Annual report of the Punjab Veterinary College and of the Civil Veterinary Department, Punjab - 1926-1932
Year: 1926
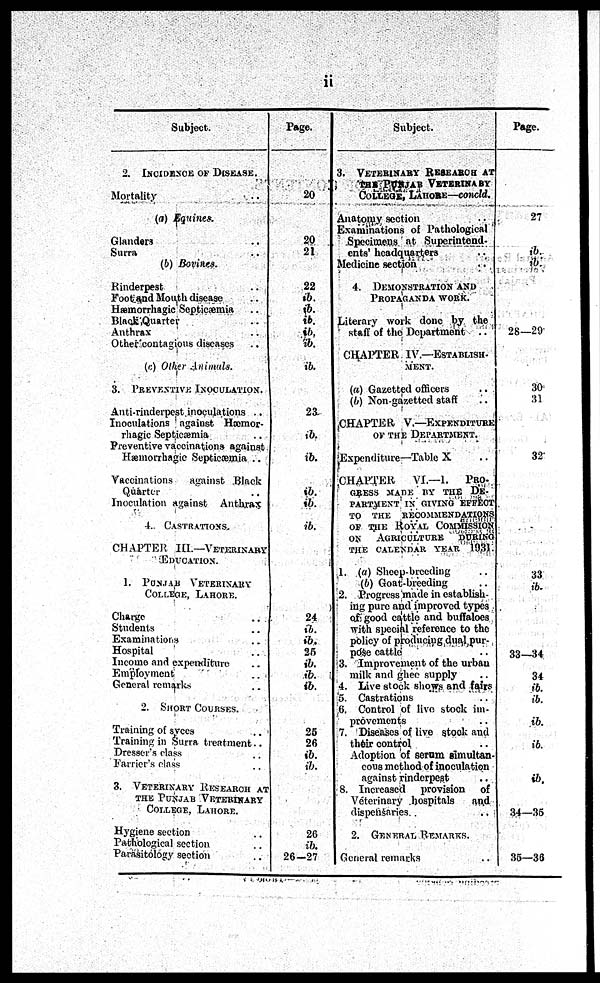
ii
Subject.
2. INCIDENCE OFDISEASES
Mortality ..
(a) Equines.
Glanders ..
Surra ..
(b) Borines.
Rinderpest ..
Foot and Mouth disease ..
Hæmorrhagic Septicæmia ..
Black Quarter ..
Anthrax ..
Other contagious diseases ..
(c) Other Animals.
3. PREVENTIVE INOCULATION.
Anti-rinderpest inoculations ..
Inoculations against Hæmor-
rhagic Septicæmia ..
Preventive vaccinations against
Hæmorrhagic Septicæmia ..
Vaccinations
against Black
Quarter
Inoculation against
Anthrax
4. CASTRATIONS.
CHAPTER III.—VETERINARY
EDUCATION.
1. PUNJAB VETERINARY
COLLEGE, LAHORE.
Charge ..
Students ..
Examinations ..
Hospital ..
Income and expenditure ..
Employment ..
General remarks ..
2.SHORT COURSES
Training of syees ..
Training in Surra treatment ..
Dresser's class ..
Farrier's class ..
3. VETERINARY RESEARCH AT
THE PUNJAB VETERINARY
COLLEGE LAHORE
Hygiene section ..
Pathological section ..
Parasitology section ..
Page.
20
20
21
22
ib.
ib.
ib.
ib.
ib.
ib.
23
ib.
ib.
ib.
ib.
ib.
24
ib.
ib.
25
ib.
ib.
ib.
25
26
ib.
ib.
26
ib.
26-27
Subject.
3. VETERINARY RESEARCH AT
THE PUNJAB VETERINARY
COLLEGE, LAHORE—concld.
Anatomy section
Examinations of Pathological
Specimens at Superintend-
ents' headquarters
Medicine section
4. DEMONSTRATION AND
PROPOGANDA WORK
Literary work done by the
staff of the Department
..
CHAPTER IV-ESTABLISH-
MENT.
(a) Gazetted officers
(6) Non-gazetted staff
CHAPTER V.—EXPENDITURE
OF THE DEPARTMENT
Expenditure—Table X ..
CHAPTER
VI.—I. PRO-
GRESS MADE BY THE DE-
PARTMENT IN GIVING EFFECT
TO THE RECOMMENDATIONS
OF THE ROYAL COMMISSION
ONAGRICULTURE DURING
THE CALENDAR YEAR 1931.
1. (a) Sheep-breeding ..
(b) Goat-breeding ..
2. Progress made in establish-
ing pure and improved types
of good cattle and buffaloes
with special reference to the
policy of producing dual pur-
pose cattle ..
3. Improvement of the urban
milk and ghee supply ..
4. Live stock shows and fairs
5. Castrations ..
6. Control of live stock im-
provements
7. Diseases of live stock and
their control
Adoption of serum simultan-
cous method of inoculation
against rinderpest ..
8. Increased
provision of
Veterinary hospitals
and
dispensaries ..
2.GENERAL REMARKS.
General remarks ..
Page.
27
ib.
ib.
28—29
30
31
32
33
ib.
33—34
34
ib.
ib.
ib.
ib.
ib.
34—35
35—36